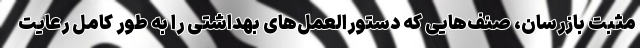
مثبت بازرسان، صنف‌هایی که دستورالعمل‌های بهداشتی را به طور کامل رعایت